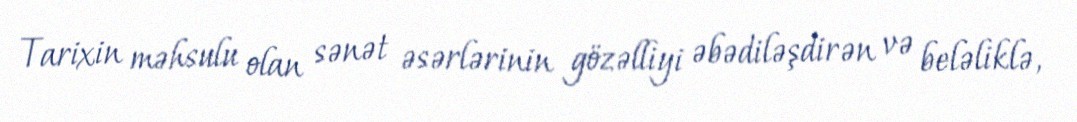
Tarixin məhsulu olan sənət əsərlərinin gözəlliyi əbədiləşdirən və beləliklə,